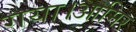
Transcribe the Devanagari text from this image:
गया।आमिर